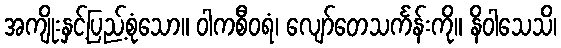
အကျိုးနှင့်ပြည့်စုံသော။ ဝါကစီဝရံ၊ လျော်တေသင်္ကန်းကို။ နိဝါသေသိ၊